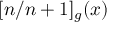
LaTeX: [ n / n + 1 ] _ { g } ( x )